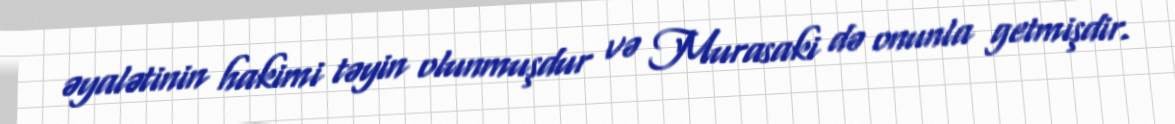
əyalətinin hakimi təyin olunmuşdur və Murasaki də onunla getmişdir.